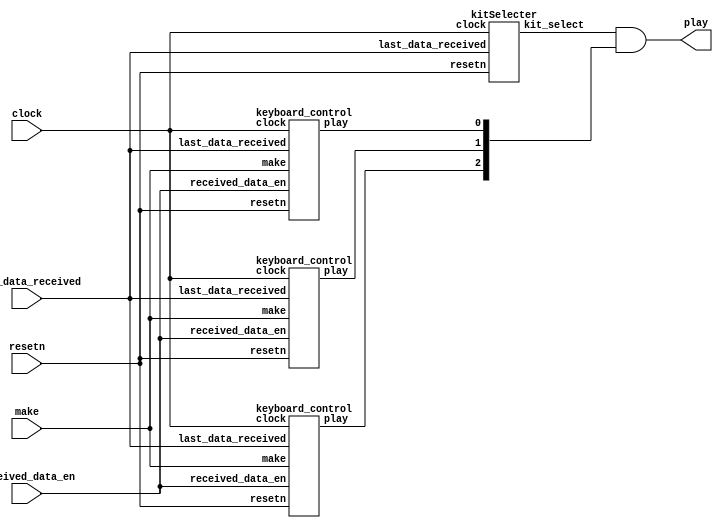
module keyboard_top(input clock,
						  input resetn,
						  
						  input received_data_en,
						  input [7:0] last_data_received,
						  
						  input [7:0] make,
						  
						  output [2:0] play);
	
	
	wire [2:0]kit_select;
	wire play0, play1, play2;
	
	
	kitSelecter select(.clock(clock), .resetn(resetn), .last_data_received(last_data_received), .kit_select(kit_select));
	
	keyboard_control sound0(.clock(clock), .resetn(resetn), .received_data_en(received_data_en), .last_data_received(last_data_received),
									.make(make), .play(play0));
	keyboard_control sound1(.clock(clock), .resetn(resetn), .received_data_en(received_data_en), .last_data_received(last_data_received),
									.make(make), .play(play1));
	keyboard_control sound2(.clock(clock), .resetn(resetn), .received_data_en(received_data_en), .last_data_received(last_data_received),
									.make(make), .play(play2));
									
	assign play = kit_select & {play2, play1, play0};
//	always@(*) begin
//		if(kit_select == 3'b001)
//			play = {0, 0, play0};
//		else if(kit_select == 3'b010)
//			play = {0, play1, 0};
//		else if(kit_select == 3'b100)
//			play = {play2, 0, 0};
//	end

endmodule

module kitSelecter(input clock,
						 input resetn,
						 
						 input [7:0] last_data_received,
						 
						 output reg [2:0] kit_select
						 );
	
	reg [1:0] current_state, next_state;
	
	localparam
	S_KIT_0 = 2'd0,
	S_KIT_1 = 2'd1,
	S_KIT_2 = 2'd2;
	
	always @ (posedge clock)begin
		if (!resetn) current_state <= S_KIT_0;
		else current_state <= next_state;
	end
	
	always@(*) begin
		next_state = current_state;
		kit_select = 3'b0;
		
		case(current_state)
			S_KIT_0: begin
				if(last_data_received == 7'h1E) begin
					kit_select = 3'b010;
					next_state = S_KIT_1;
				end
//				else if(last_data_received == 7'h26) begin
//					kit_select = 3'b100;
//					next_state = S_KIT_2;
//				end
				else
					kit_select = 3'b001;
			end
		
			S_KIT_1: begin
				if(last_data_received == 7'h16) begin
					kit_select = 3'b001;
					next_state = S_KIT_0;
				end
//				else if(last_data_received == 7'h26) begin
//					kit_select = 3'b100;
//					next_state = S_KIT_2;
//				end
				else
					kit_select = 3'b010;
			end
			
//			S_KIT_2: begin
//				if(last_data_received == 7'h16) begin
//					kit_select = 3'b001;
//					next_state = S_KIT_0;
//				end
//				else if(last_data_received == 7'h1E) begin
//						kit_select = 3'b010;
//						next_state = S_KIT_1;
//				end
//				else
//					kit_select = 3'b100;
//			end
		endcase
	end
endmodule

						 

module keyboard_control(input clock,
					  input resetn,
					  
					  input received_data_en,
					  input [7:0] last_data_received,
					  
					  input [7:0] make,
					  
					  output reg play
					  );
	reg [1:0] current_state, next_state;
	
	localparam 
	S_IDLE = 2'd0,
	S_PLAY = 2'd1,
	S_BREAK_CHECK = 2'd2;
	
	always @ (posedge clock)begin
		if (!resetn) current_state <= S_IDLE;
		else current_state <= next_state;
	end
	
	always @(posedge received_data_en) begin
		next_state = current_state;
		
		case(current_state)
			S_IDLE: begin
				if(last_data_received == make) begin
					next_state = S_PLAY;
					play = 1'b1;
				end
			end
			
			S_PLAY: begin
				if(last_data_received == 8'hF0)
					next_state = S_BREAK_CHECK;
			end
			
			S_BREAK_CHECK: begin
				play = 1'b1;
				if(last_data_received == 8'hF0)
					next_state = current_state;
				else if(last_data_received == make) begin
					next_state = S_IDLE;
					play = 1'b0;
				end
				else
					next_state = S_PLAY;
			end

			
		endcase
	end
endmodule